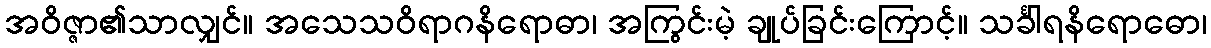
အဝိဇ္ဇာ၏သာလျှင်။ အသေသဝိရာဂနိရောဓာ၊ အကြွင်းမဲ့ ချုပ်ခြင်းကြောင့်။ သင်္ခါရနိရောဓော၊